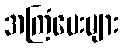
အကြံပေးများ